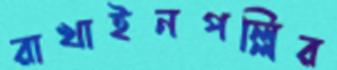
রাখাইনপল্লির